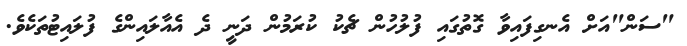
"ސަން"އަށް އެނގިފައިވާ ގޮތުގައި ފުލުހުން ޗެކު ކުރަމުން ދަނީ ދެ އެއާލައިންގެ ފުލައިޓުތަކެވެ.